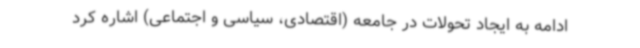
ادامه به ایجاد تحولات در جامعه (اقتصادی، سیاسی و اجتماعی) اشاره کرد